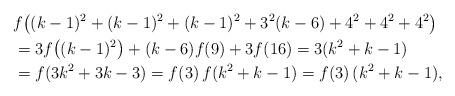
LaTeX: \begin{align*}& f\big( (k-1)^2+(k-1)^2+(k-1)^2 + 3^2(k-6) + 4^2+4^2+4^2 \big) \\&= 3f\big( (k-1)^2 \big) + (k-6)f(9) + 3f(16) = 3(k^2 + k - 1) \\&= f(3k^2+3k-3) = f(3)\,f(k^2+k-1) = f(3)\,(k^2+k-1),\end{align*}